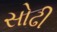
સોઢી